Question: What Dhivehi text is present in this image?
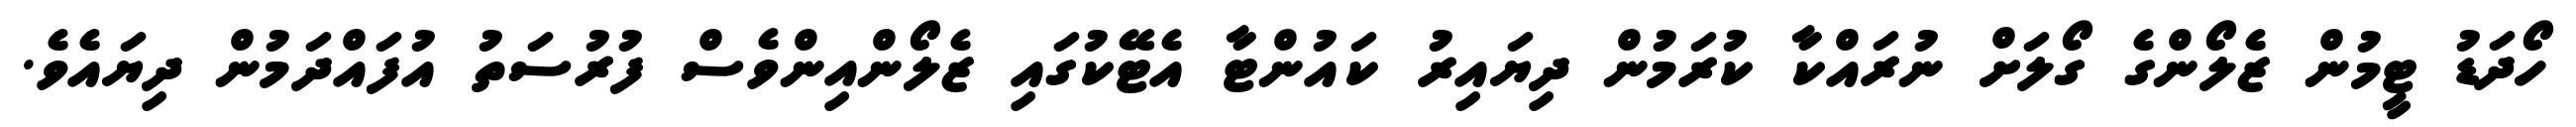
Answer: ހޯދަޑު ޓީމުން ޒެލޯންގެ ގޯލަށް ނުރައްކާ ކުރަމުން ދިޔައިރު ކައުންޓާ އެޓޭކުގައި ޒެލޯންއިންވެސް ފުރުސަތު އުފައްދަމުން ދިޔައެވެ.